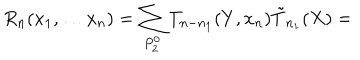
LaTeX: R _ { n } ( x _ { 1 } , \ldots x _ { n } ) = \sum _ { P _ { 2 } ^ { 0 } } T _ { n - n _ { 1 } } ( Y , x _ { n } ) \tilde { T } _ { n _ { 1 } } ( X ) =